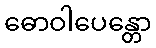
ဓောဝါပေန္တော